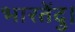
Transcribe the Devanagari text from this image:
भारतेंदु।